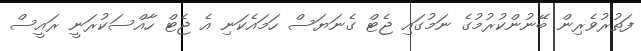
ފަތުރުވެރިން ބޭނުންކުރުމުގެ ނަމުގައި ޖެޓް ގެނަޔަސް ހަމައެކަނި އެ ޖެޓް ހާއްސަކުރަނީ ރައީސް